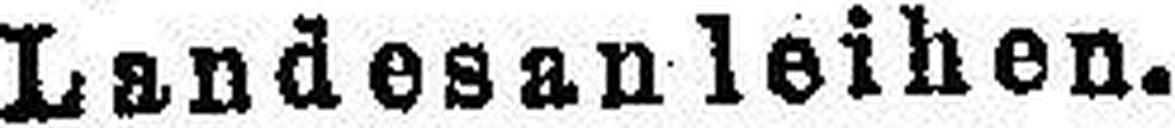
Landesanleihen.